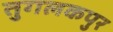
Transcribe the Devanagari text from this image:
तुगलकपुर